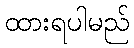
ထားရပါမည်